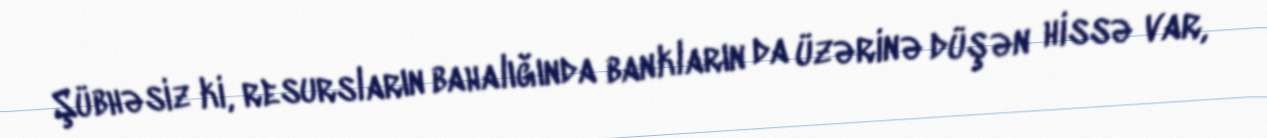
Şübhəsiz ki, resursların bahalığında bankların da üzərinə düşən hissə var,